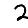
Digit: 2